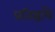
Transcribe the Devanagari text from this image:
प्रतिष्ठायै